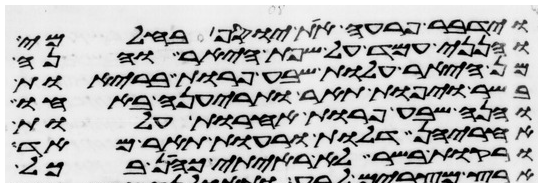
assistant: וידבר פרעה את יוסף בחלמי
והנני עמד על שפת היאר והנה
מן היאר עלות שבע פרות בריות
בשר ויפות תאר ותריענה באחו
והנה שבע פרות אחרות עלות
אחריהן דלות ורעות תאר מאד
ורקות בשר לא ראיתי כהן בכל